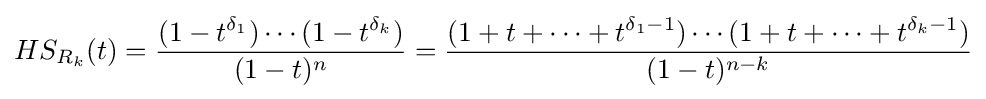
HS_{R_{k}}(t)={\frac {(1-t^{\delta _{1}})\cdots (1-t^{\delta _{k}})}{(1-t)^{n}}}={\frac {(1+t+\cdots +t^{\delta _{1}-1})\cdots (1+t+\cdots +t^{\delta _{k}-1})}{(1-t)^{n-k}}}